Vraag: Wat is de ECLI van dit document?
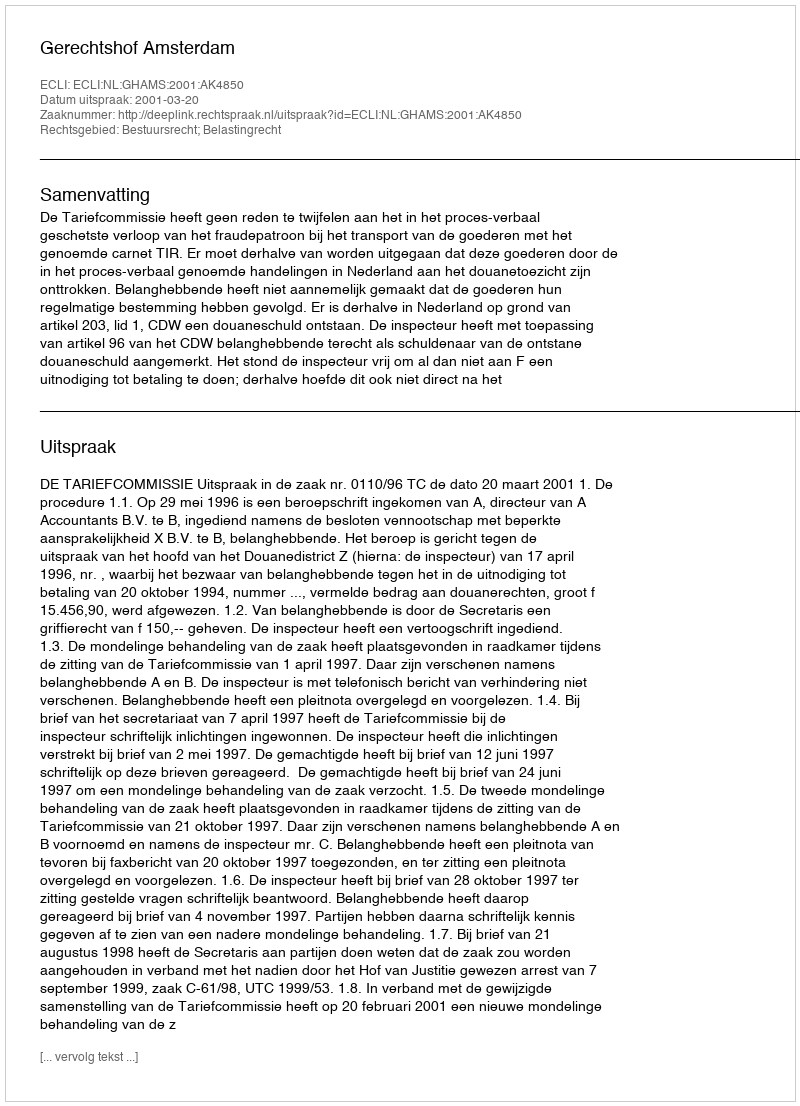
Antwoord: ECLI:NL:GHAMS:2001:AK4850